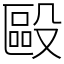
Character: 毆